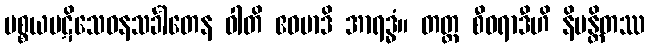
ပစ္စယပဋိသေဝနသင်္ခါတေန ဝါတိ ဧဝမာဒိ အာရဒ္ဓံ။ တတ္ထ စီဝရာဒီဟိ နိမန္တိတဿ